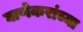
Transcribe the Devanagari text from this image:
घाणेकरांच्या